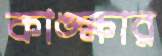
কাঙ্ক্ষার